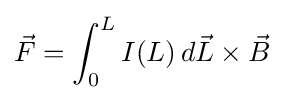
{\vec {F}}=\int _{0}^{L}I(L)\,d{\vec {L}}\times {\vec {B}}